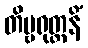
တိမ္ဗရုတ္ထနိံ